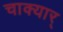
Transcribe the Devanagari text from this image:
चाक्यार्